Annual report of the Punjab Veterinary College and of the Civil Veterinary Department, Punjab - 1909-1919
Year: 1909
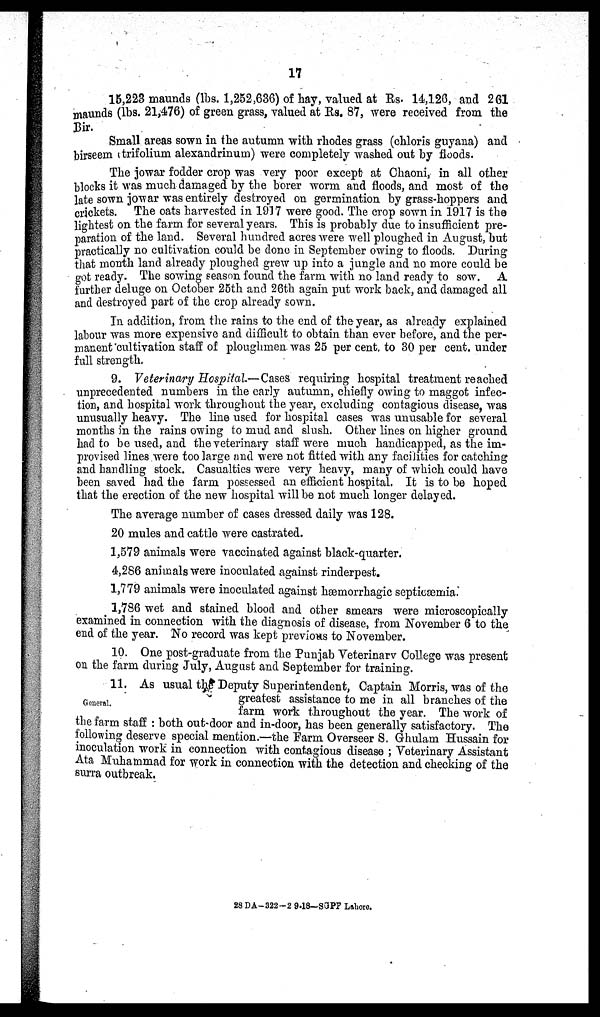
17
15,223 maunds (lbs. 1,252,636) of hay, valued at Rs. 14,126, and 261
maunds (lbs. 21,476) of green grass, valued at Rs. 87, were received from the
Bir.
Small areas sown in the autumn with rhodes grass (chloris guyana) and
birseem (trifolium alexandrinum) were completely washed out by floods.
The jowar fodder crop was very poor except at Chaoni, in all other
blocks it was much damaged by the borer worm and floods, and most of the
late sown jowar was entirely destroyed on germination by grass-hoppers and
crickets. The oats harvested in 1917 were good. The crop sown in 1917 is the
lightest on the farm for several years. This is probably due to insufficient pre-
paration of the land. Several hundred acres were well ploughed in August, but
practically no cultivation could be done in September owing to floods. During
that month land already ploughed grew up into a jungle and no more could be
got ready. The sowing season found the farm with no land ready to sow. A
further deluge on October 25th and 26th again put work back, and damaged all
and destroyed part of the crop already sown.
In addition, from the rains to the end of the year, as already explained
labour was more expensive and difficult to obtain than ever before, and the per-
manent cultivation staff of ploughmen was 25 per cent. to 30 per cent. under
full strength.
9. Veterinary Hospital.—Cases requiring hospital treatment reached
unprecedented numbers in the early autumn, chiefly owing to maggot infec-
tion, and hospital work throughout the year, excluding contagious disease, was
unusually heavy. The line used for hospital cases was unusable for several
months in the rains owing to mud and slush. Other lines on higher ground
had to be used, and the veterinary staff were much handicapped, as the im-
provised lines were too large and were not fitted with any facilities for catching
and handling stock. Casualties were very heavy, many of which could have
been saved had the farm possessed an efficient hospital. It is to be hoped
that the erection of the new hospital will be not much longer delayed.
The average number of cases dressed daily was 128.
20 mules and cattle were castrated.
1,579 animals were vaccinated against black-quarter.
4,286 animals were inoculated against rinderpest.
1,779 animals were inoculated against hæmorrhagic septicæmia.
1,786 wet and stained blood and other smears were microscopically
examined in connection with the diagnosis of disease, from November 6 to the
end of the year. No record was kept previous to November.
10. One post-graduate from the Punjab Veterinary College was present
on the farm during July, August and September for training.
General.
11. As usual the Deputy Superintendent, Captain Morris, was of the
greatest assistance to me in all branches of the
farm work throughout the year. The work of
the farm staff : both out-door and in-door, has been generally satisfactory. The
following deserve special mention.—the Farm Overseer S. Ghulam Hussain for
inoculation work in connection with contagious disease ; Veterinary Assistant
Ata Muhammad for work in connection with the detection and checking of the
surra outbreak.
28 DA-322-2 9-18—SGPP Lahore.